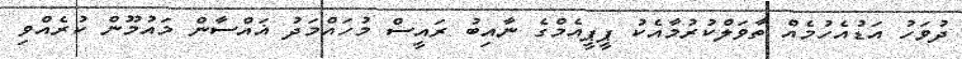
ދުވަހު އަޑުއެހުމެއް ތާވަލްކުރުމާއެކު ޕީޕީއެމްގެ ނާއިބު ރައީސް މުހައްމަދު ޣައްސާން މައުމޫން ކުރެއްވި